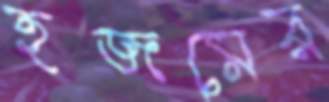
হজমের